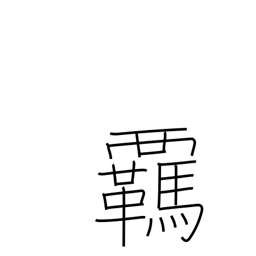
Meaning: reins